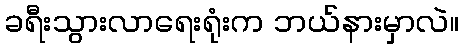
ခရီးသွားလာရေးရုံးက ဘယ်နားမှာလဲ။